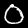
Label: 0